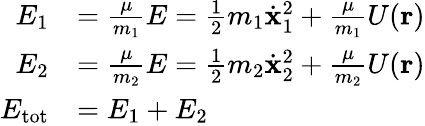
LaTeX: {\begin{array}{rl}{E_{1}}&{={\frac{\mu}{m_{1}}}E={\frac{1}{2}}m_{1}{\dot{\mathbf{x}}}_{1}^{2}+{\frac{\mu}{m_{1}}}U(\mathbf{r})}\\ {E_{2}}&{={\frac{\mu}{m_{2}}}E={\frac{1}{2}}m_{2}{\dot{\mathbf{x}}}_{2}^{2}+{\frac{\mu}{m_{2}}}U(\mathbf{r})}\\ {E_{\mathrm{tot}}}&{=E_{1}+E_{2}}\end{array}}